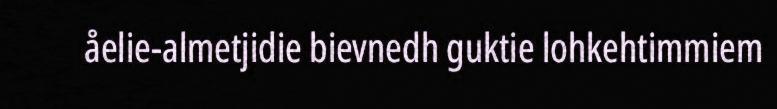
åelie-almetjidie bievnedh guktie lohkehtimmiem